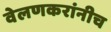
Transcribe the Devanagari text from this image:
वेलणकरांनीच